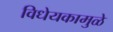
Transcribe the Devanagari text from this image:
विधेयकामुळे